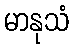
မာနုသံ